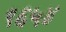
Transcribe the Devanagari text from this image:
९६५४